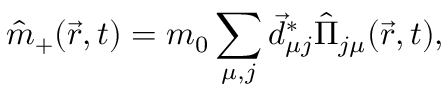
\hat { m } _ { + } ( \vec { r } , t ) = m _ { 0 } \sum _ { \mu , j } \vec { d } _ { \mu j } ^ { * } \hat { \Pi } _ { j \mu } ( \vec { r } , t ) ,